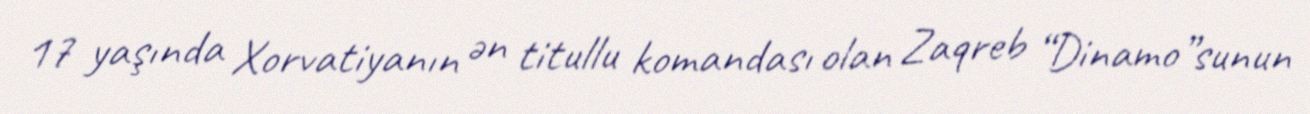
17 yaşında Xorvatiyanın ən titullu komandası olan Zaqreb “Dinamo”sunun